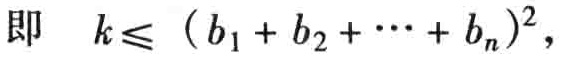
即 \(k\leqslant (b_1 + b_2 + \cdots + b_n)^2\)，